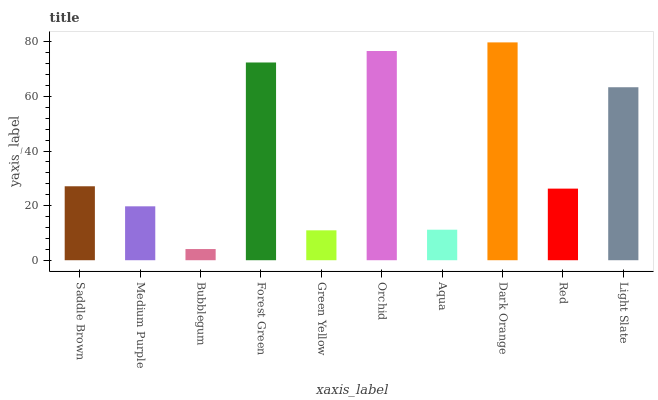
| xaxis_label | bars |
 | --- | --- |
 | Saddle Brown | 27.1 |
 | Medium Purple | 19.7 |
 | Bubblegum | 4.1 |
 | Forest Green | 72.4 |
 | Green Yellow | 11 |
 | Orchid | 76.6 |
 | Aqua | 11.2 |
 | Dark Orange | 79.8 |
 | Red | 26.2 |
 | Light Slate | 63.4 |